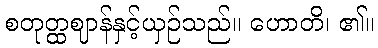
စတုတ္ထဈာန်နှင့်ယှဉ်သည်။ ဟောတိ၊ ၏။